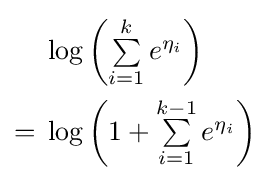
{\begin{aligned}&\textstyle \log \left(\sum \limits _{i=1}^{k}e^{\eta _{i}}\right)\\={}&\textstyle \log \left(1+\sum \limits _{i=1}^{k-1}e^{\eta _{i}}\right)\end{aligned}}